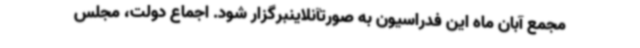
مجمع آبان ماه این فدراسیون به صورتآنلاینبرگزار شود. اجماع دولت، مجلس